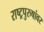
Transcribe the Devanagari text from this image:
राष्ट्रपुरुषांवर